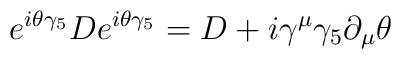
e^{i\theta \gamma _{5}}De^{i\theta \gamma _{5}}=D+i\gamma ^{\mu }\gamma_{5}\partial _{\mu }\theta